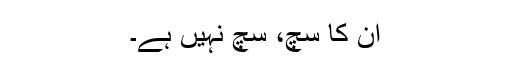
ان کا سچ، سچ نہیں ہے۔